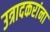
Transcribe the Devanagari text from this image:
उत्रादकरांना